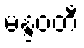
မန္ဒဝတီ